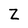
Character: Z